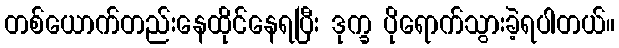
တစ်ယောက်တည်းနေထိုင်နေရပြီး ဒုက္ခ ပိုရောက်သွားခဲ့ရပါတယ်။